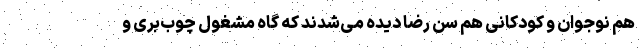
هم نوجوان و کودکانی هم سن رضا دیده می‌شدند که گاه مشغول چوب‌بری و